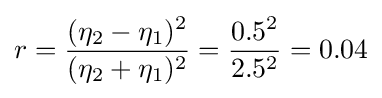
r={\frac {(\eta _{2}-\eta _{1})^{2}}{(\eta _{2}+\eta _{1})^{2}}}={\frac {0.5^{2}}{2.5^{2}}}=0.04